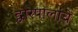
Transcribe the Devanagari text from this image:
द्वारपालांचे